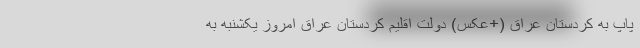
پاپ به کردستان عراق (+عکس) دولت اقلیم کردستان عراق امروز یکشنبه به